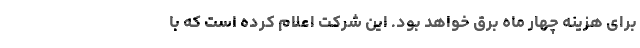
برای هزینه چهار ماه برق خواهد بود. این شرکت اعلام کرده است که با